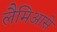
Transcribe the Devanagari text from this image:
लैमिआसे